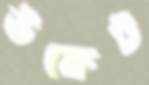
উকেট